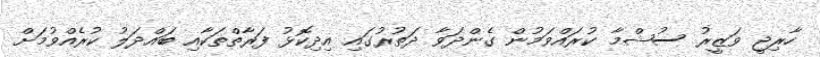
ހާރިޖީ ވަޒީރު ސުޝްމާ ކުރައްވަމުން ގެންދަވާ ދަތުރުގައި އިދިކޮޅު ފަރާތްތަކާއި ބައްދަލު ކުރެއްވުމަށް